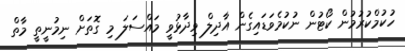
ހުކުމްކުރުމުން ކޯޓުން ނުކުމެވަޑައިގެން އާދިލް ވިދާޅުވީ މައްސަލަ މި ގޮތަށް ނިމުނީތީ މާތް